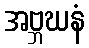
အဗ္ဘဃနံ